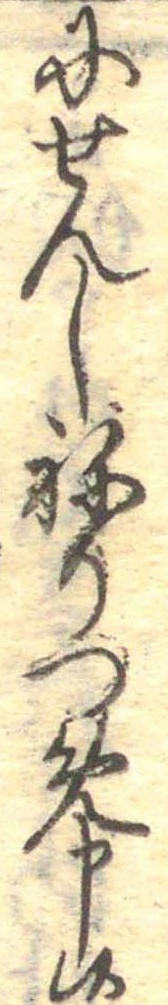
にせんしねりつめ申候